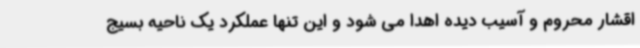
اقشار محروم و آسیب دیده اهدا می شود و این تنها عملکرد یک ناحیه بسیج